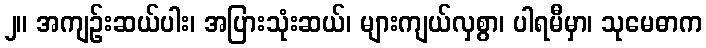
၂။ အကျဉ်းဆယ်ပါး၊ အပြားသုံးဆယ်၊ များကျယ်လှစွာ၊ ပါရမီမှာ၊ သုမေဓာက